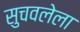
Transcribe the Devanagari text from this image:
सुचवलेला